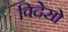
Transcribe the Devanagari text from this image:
विदेसो